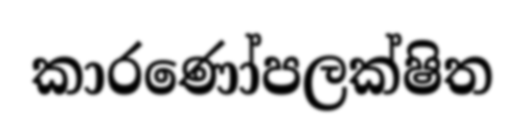
කාරණෝපලක්ෂිත